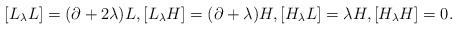
\begin{align*}[L_\lambda L]= (\partial+ 2\lambda)L, [L_\lambda H]= (\partial+ \lambda)H, [H_\lambda L]= \lambda H, [H_\lambda H]=0.\end{align*}